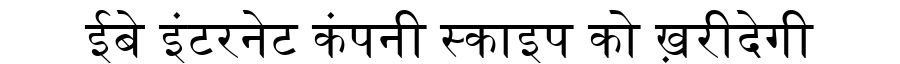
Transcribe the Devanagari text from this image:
ईबे इंटरनेट कंपनी स्काइप को ख़रीदेगी